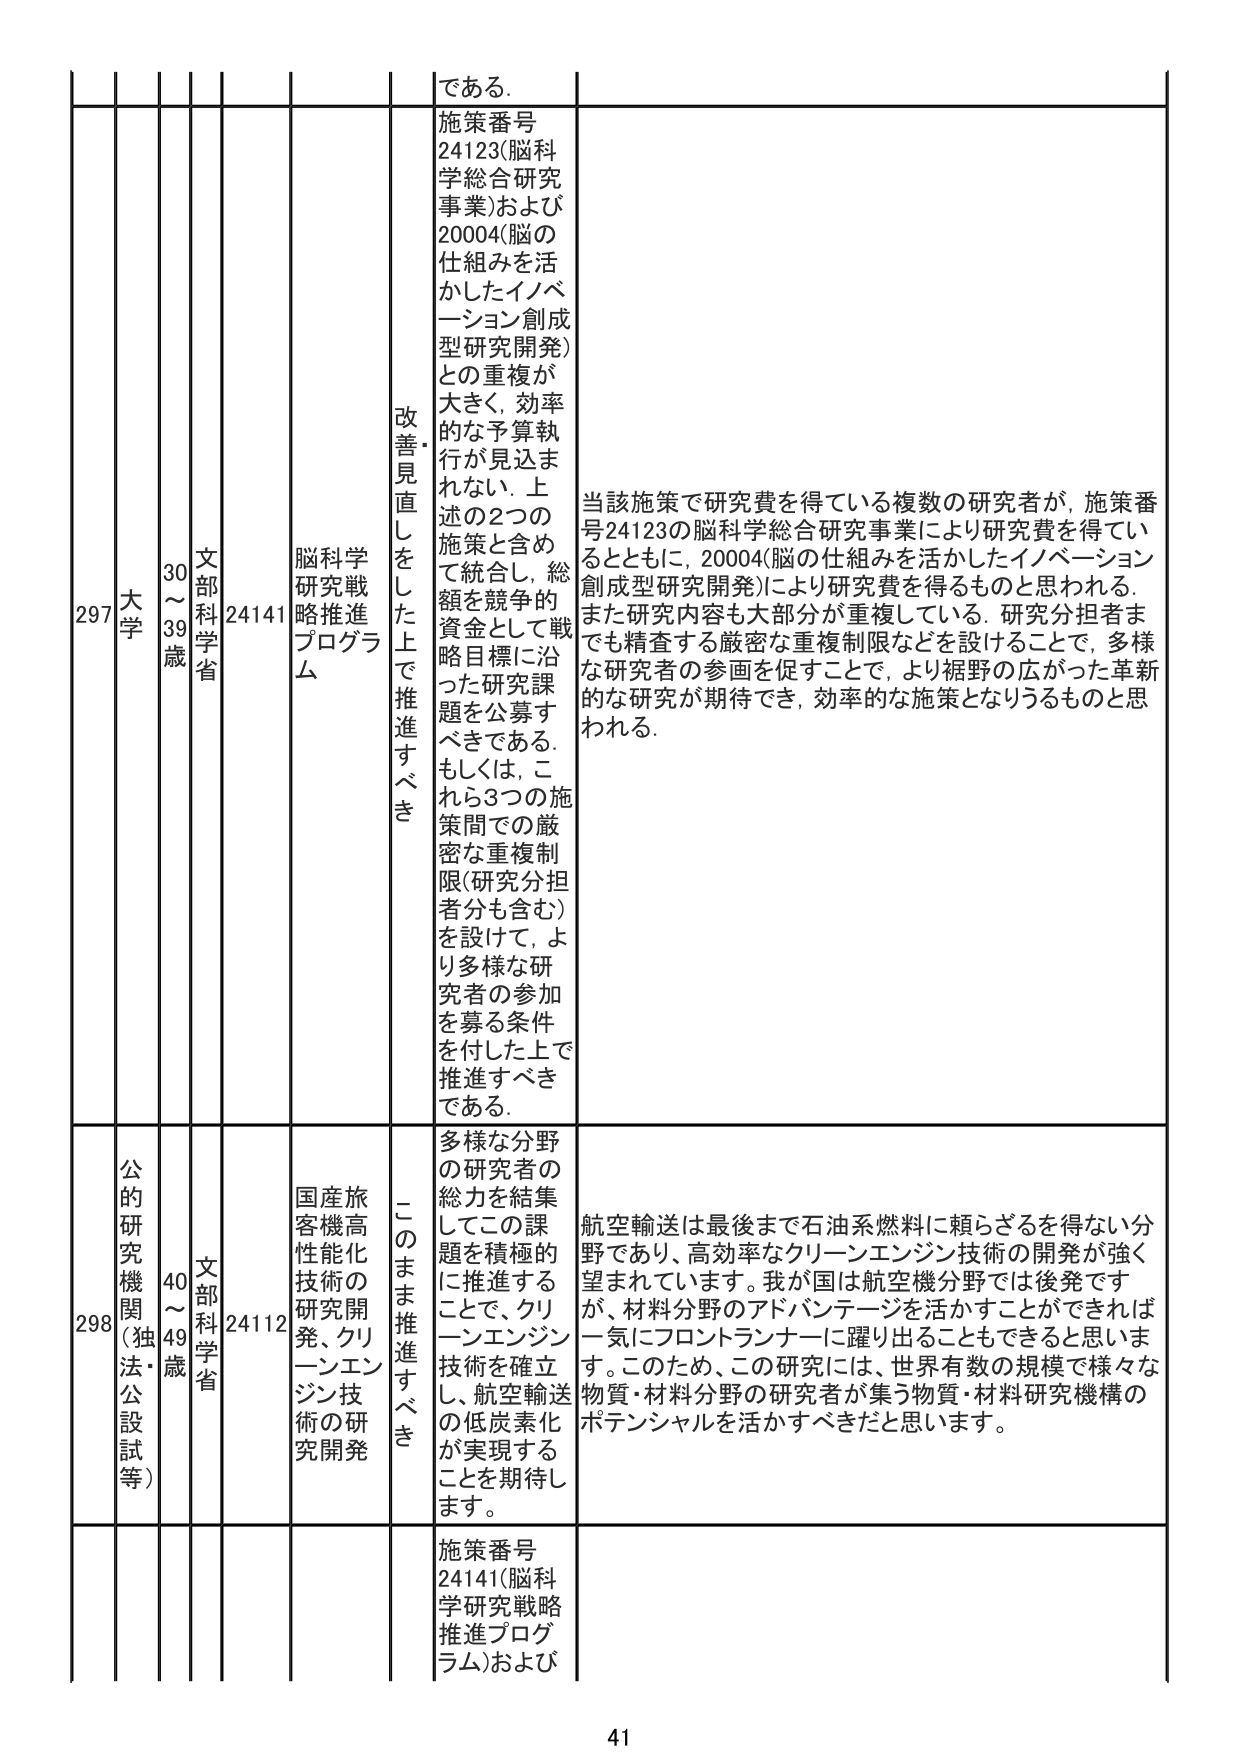
297 大学 30～39歳 文部科学省 24141 脳科学研究戦略推進プログラム 改善・見直しをした上で推進すべき 施策番号24123(脳科学総合研究事業)および20004(脳の仕組みを活かしたイノベーション創成型研究開発)との重複が大きく、効率的な予算執行が見込まれない。上述の2つの施策を含め、総額を競争的資金として戦略目標に沿った研究課題を公募すべきである。もしくは、これら3つの施策間での厳密な重複制限(研究分担者分も含む)を設けて、より多様な研究者の参加を募る条件を付した上で推進すべきである。 当該施策で研究費を得ている複数の研究者が、施策番号24123の脳科学総合研究事業により研究費を得ているとともに、20004(脳の仕組みを活かしたイノベーション創成型研究開発)により研究費を得るものと思われる。また研究内容も大部分が重複している。研究分担者までも精査する厳密な重複制限などを設けることで、多様な研究者の参画を促すことで、より裾野の広がった革新的な研究が期待でき、効率的な施策となりうるものと思われる。

298 公的研究機関(独法・公設試等) 40～49歳 文部科学省 24112 国産旅客機高性能化技術の研究開発、クリーンエンジン技術の研究開発 このまま推進すべき 多様な分野の研究者の総力を結集してこの課題を積極的に推進することで、クリーンエンジン技術を確立し、航空輸送の低炭素化が実現することを期待します。 航空輸送は最後まで石油系燃料に頼らざるを得ない分野であり、高効率なクリーンエンジン技術の開発が強く望まれています。我が国は航空機分野では後発ですが、材料分野のアドバンテージを活かすことができれば一気にフロントランナーに躍り出ることもできると思います。このため、この研究には、世界有数の規模で様々な物質・材料分野の研究者が集う物質・材料研究機構のポテンシャルを活かすべきだと思います。

施策番号24141(脳科学研究戦略推進プログラム)および

41